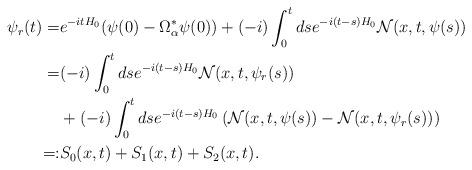
LaTeX: \begin{align*} \psi_r(t)=&e^{-itH_0}(\psi(0)-\Omega_\alpha^*\psi(0))+(-i)\int_0^tds e^{-i(t-s)H_0}\mathcal{N}(x,t,\psi(s))\\ =&(-i)\int_0^tds e^{-i(t-s)H_0}\mathcal{N}(x,t,\psi_r(s))\\ &+(-i)\int_0^tds e^{-i(t-s)H_0}\left(\mathcal{N}(x,t,\psi(s))-\mathcal{N}(x,t,\psi_r(s))\right)\\ =:&S_0(x,t)+S_1(x,t)+S_2(x,t).\end{align*}